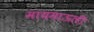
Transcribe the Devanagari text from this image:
मायमाऊली